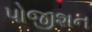
પોજીશન